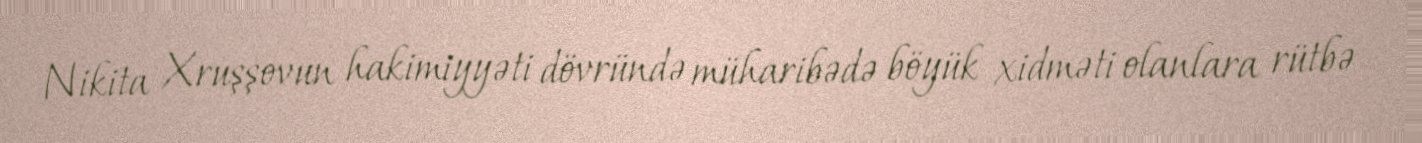
Nikita Xruşşovun hakimiyyəti dövründə müharibədə böyük xidməti olanlara rütbə